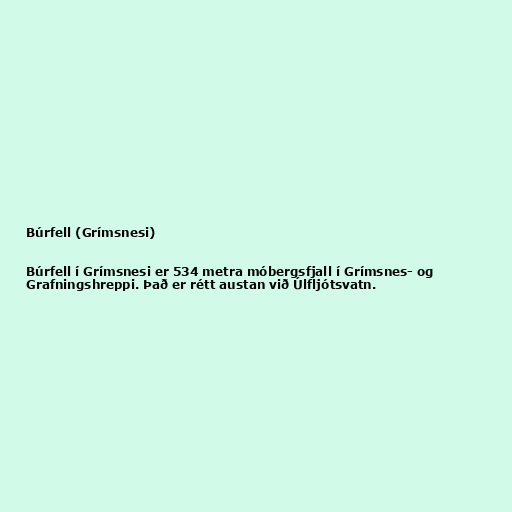
Búrfell (Grímsnesi)

Búrfell í Grímsnesi er 534 metra móbergsfjall í Grímsnes- og
Grafningshreppi. Það er rétt austan við Úlfljótsvatn.